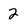
Character: 2